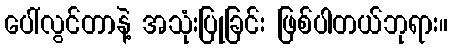
ပေါ်လွင်တာနဲ့ အသုံးပြုခြင်း ဖြစ်ပါတယ်ဘုရား။